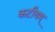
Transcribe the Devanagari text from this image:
कटीयम्